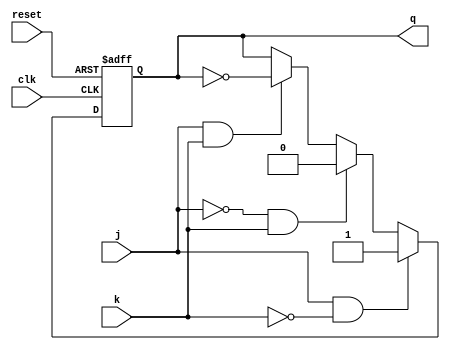
module t_ff_jk (
    input wire clk, // Clock input
    input wire reset, // Reset input
    input wire j, // J input
    input wire k, // K input
    output reg q // Output
);

initial
    q = 1'b0; // Initialize output to low

always @(posedge clk or posedge reset)
begin
    if (reset) // If reset signal is high, set output to low
        q <= 1'b0;
    else
    begin
        if (j & ~k) // If J is high and K is low, set output to high
            q <= 1'b1;
        else if (~j & k) // If J is low and K is high, set output to low
            q <= 1'b0;
        else if (j & k) // If J and K are both high, toggle output on each clock cycle
            q <= ~q;
    end
end

endmodule